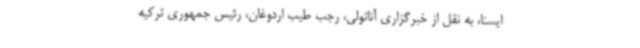
ایسنا، به نقل از خبرگزاری آناتولی، رجب طیب اردوغان، رئیس جمهوری ترکیه